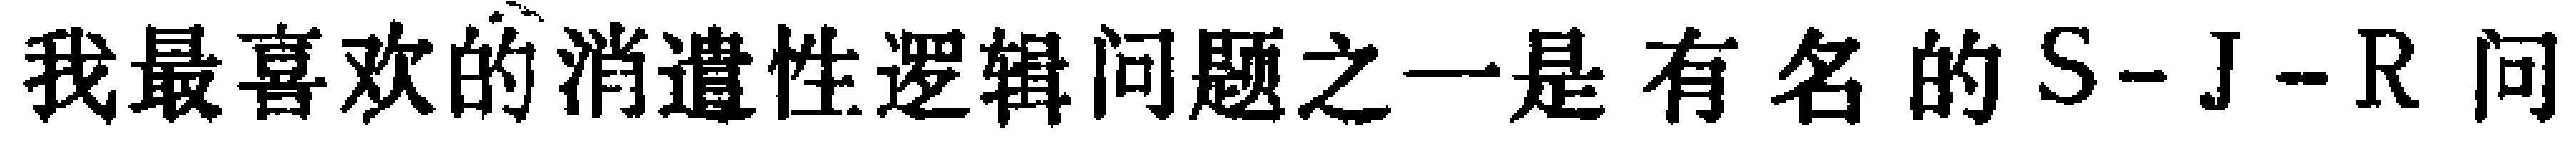
我最喜欢的消遣性逻辑问题之一是有名的S-J-R问